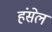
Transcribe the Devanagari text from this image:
हंसेल